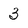
Character: 3